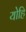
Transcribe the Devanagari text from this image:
योहि